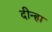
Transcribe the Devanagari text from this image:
दीन्हा